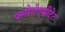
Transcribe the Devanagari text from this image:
फ्लोरोएसीटेट